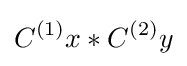
C^{(1)}x\ast C^{(2)}y